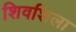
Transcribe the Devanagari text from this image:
शिवशिला